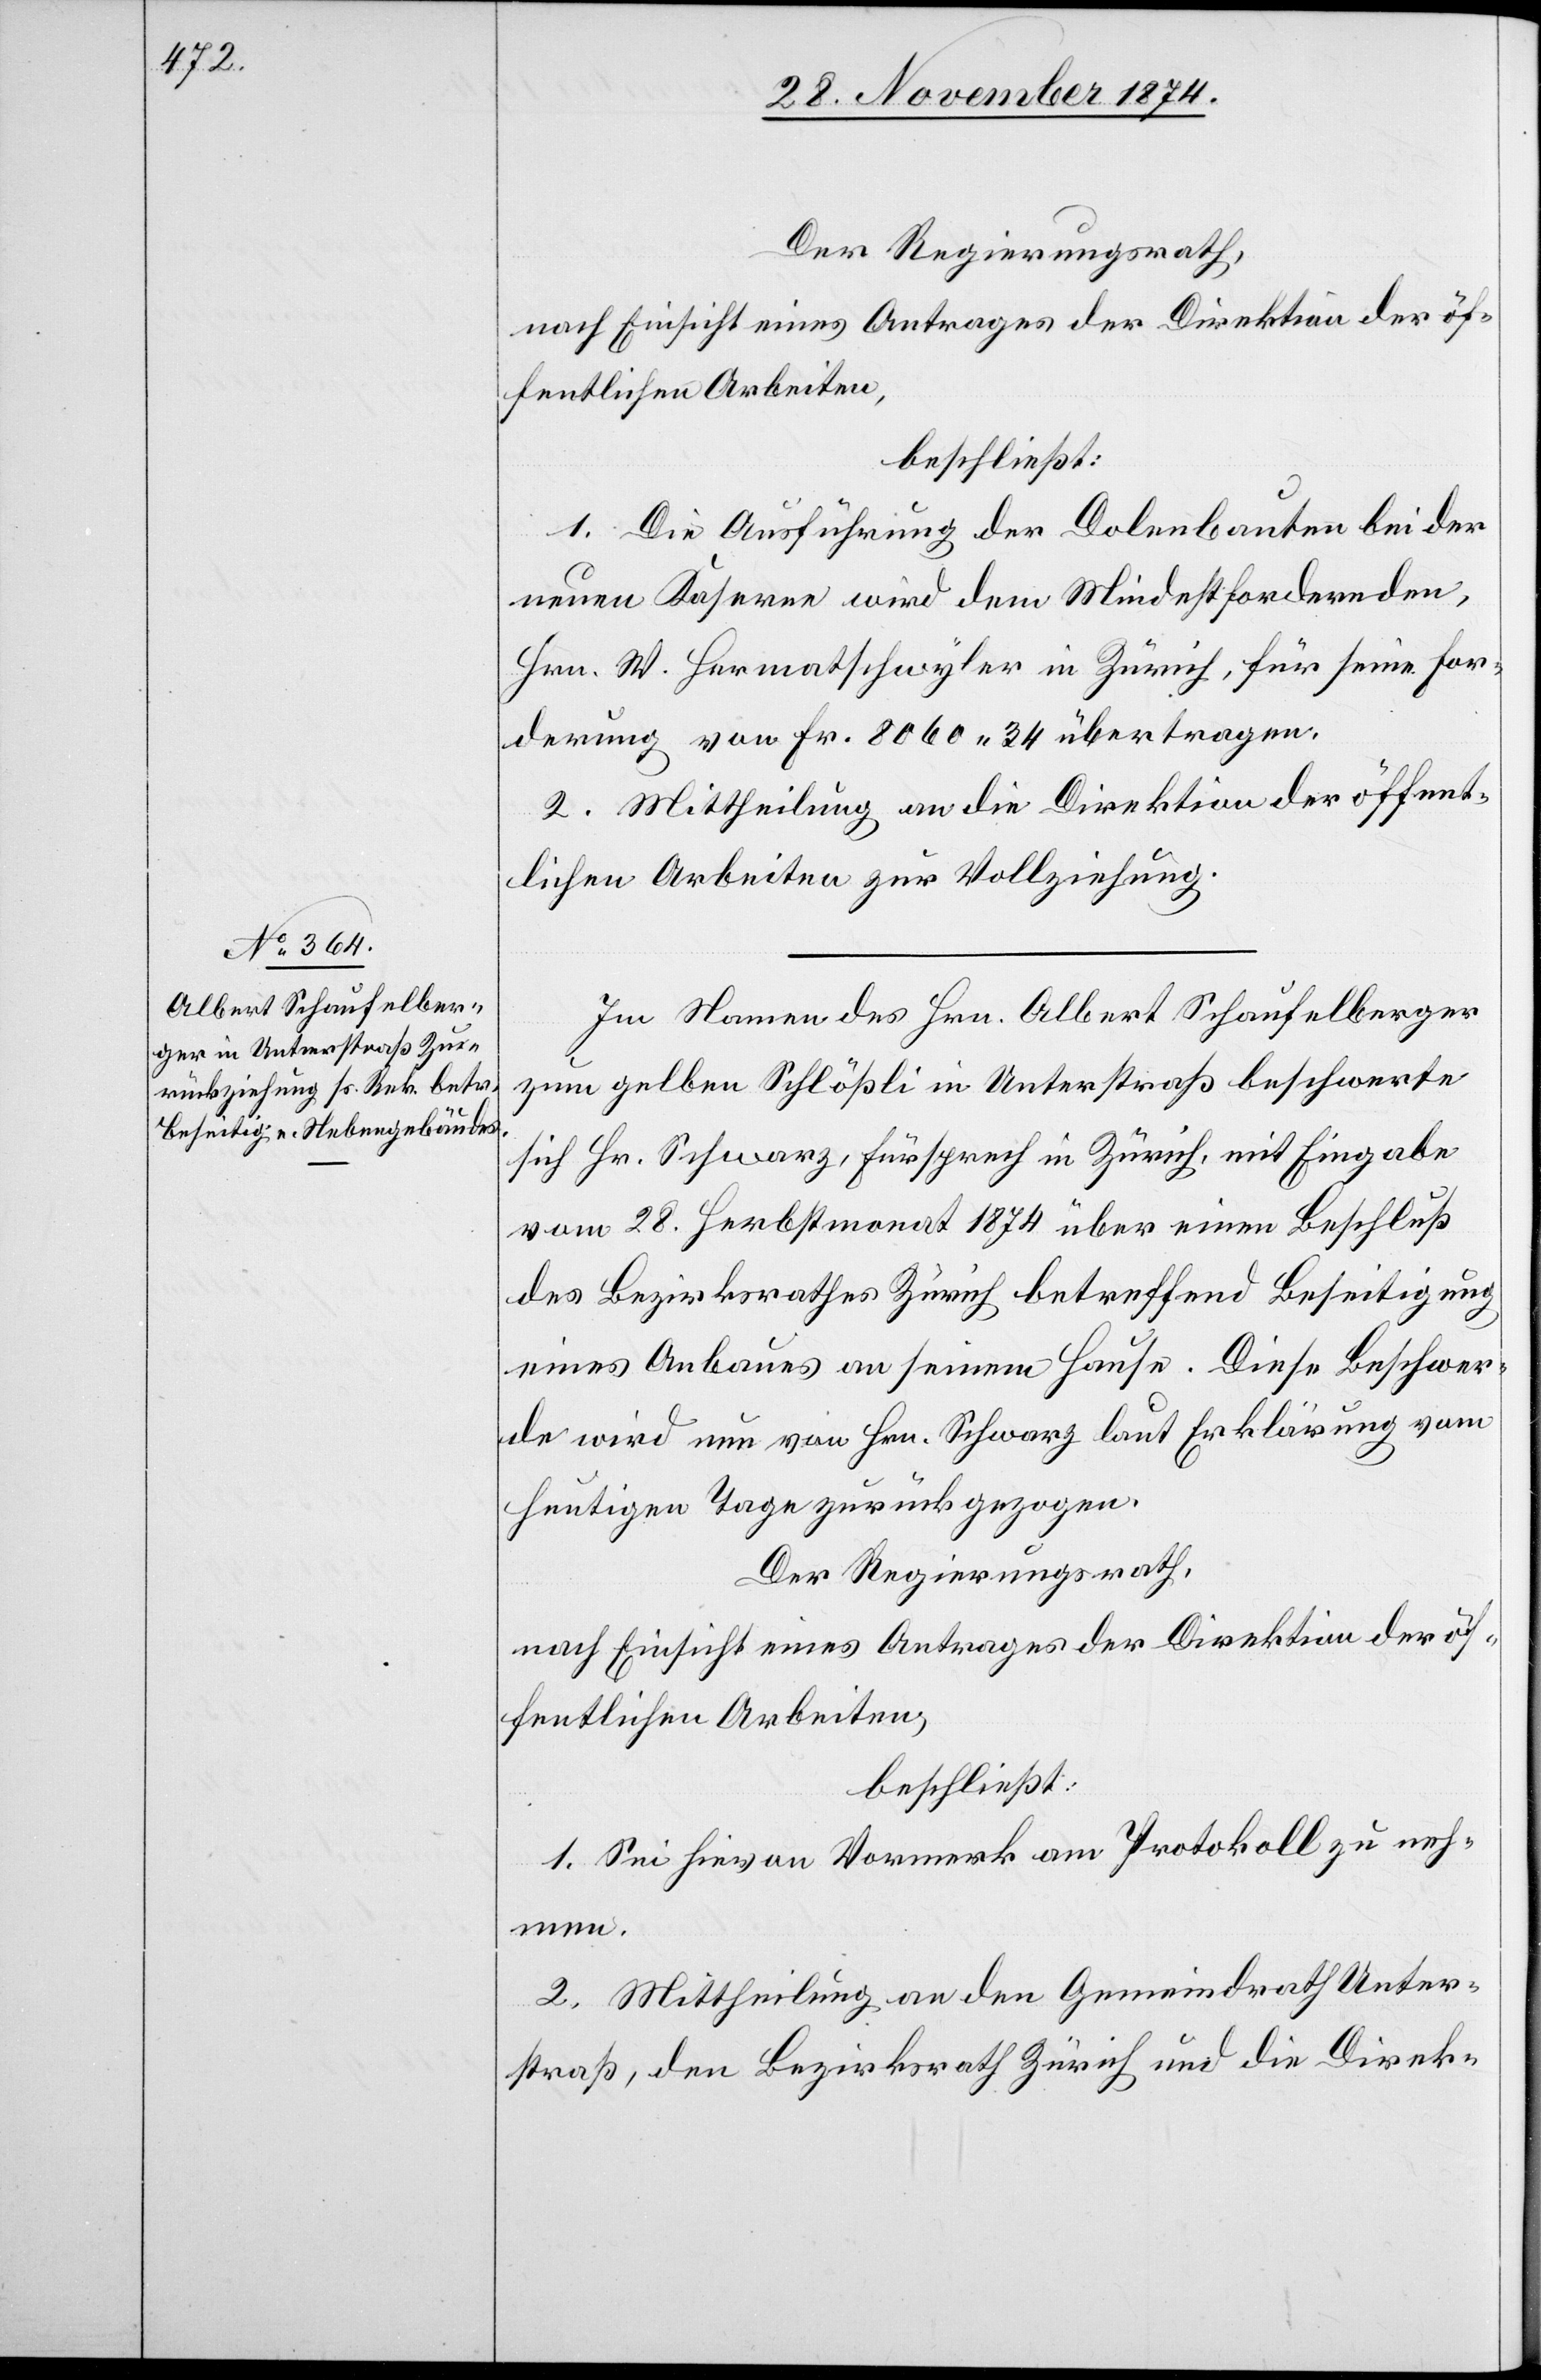
Der Regierungsrath,
nach Einsicht eines Antrages der Direktion der öf¬
fentlichen Arbeiten,
beschließt:
1. Die Ausführung der Dolenbauten bei der
neuen Kaserne wird dem Mindestfordernden,
Hr. W. Hermatschwyler in Zürich, für seine For¬
derung von Fr. 8060.34 übertragen.
2. Mittheilung an die Direktion der öffent¬
lichen Arbeiten zur Vollziehung.
Im Namen des Hrn. Albert Schaufelberger
zum gelben Schlößli in Unterstraß beschwerte
sich Hr. Schwarz, Fürsprech in Zürich, mit Eingabe
vom 28. Herbstmonat 1874 über einen Beschluß
des Bezirksrathes Zürich betreffend Beseitigung
eines Anbaues an seinem Hause. Diese Beschwer¬
de wird nun von Hrn. Schwarz laut Erklärung vom
heutigen Tage zurückgezogen.
Der Regierungsrath,
nach Einsicht eines Antrages der Direktion der öf¬
fentlichen Arbeiten,
beschließt:
1. Sei hievon Vormerk am Protokoll zu neh¬
men.
2. Mittheilung an den Gemeindrath Unter¬
straß, den Bezirksrath Zürich und die Direk-